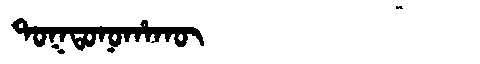
Manchu: ᡨᠣᡴᡨᠣᠨᠣᡥᠠᡴᡡ
Romanization: TOKTONOHAKŪ